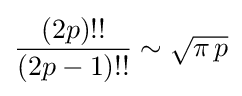
{\frac {(2p)!!}{(2p-1)!!}}\sim {\sqrt {\pi \,p}}